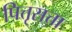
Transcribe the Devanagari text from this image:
पित्तृसत्ता